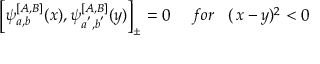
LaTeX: \left[ \psi _ { a , b } ^ { \left[ A , B \right] } ( x ) , \psi _ { a ^ { ^ { \prime } } , b ^ { ^ { \prime } } } ^ { \left[ A , B \right] } ( y ) \right] _ { \pm } = 0 \, \, \, \, \, \, \, \, f o r \, \, \, \, \, ( \, x - y ) ^ { 2 } < 0